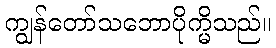
ကျွန်တော်သဘောပိုက္မိသည်။